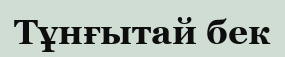
Тұнғытай бек